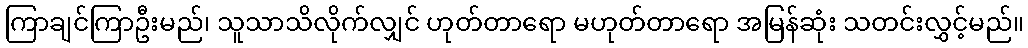
ကြာချင်ကြာဦးမည်၊ သူသာသိလိုက်လျှင် ဟုတ်တာရော မဟုတ်တာရော အမြန်ဆုံး သတင်းလွှင့်မည်။